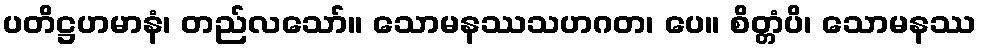
ပတိဋ္ဌဟမာနံ၊ တည်လသော်။ သောမနဿသဟဂတ၊ ပေ။ စိတ္တံပိ၊ သောမနဿ